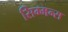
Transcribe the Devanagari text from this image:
सिम्मन्स